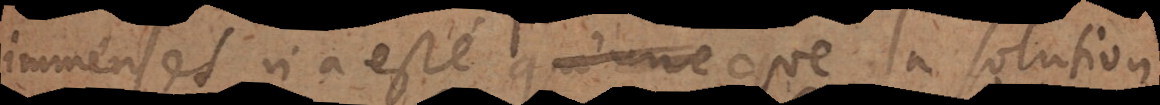
immenses n’a esté que la solution